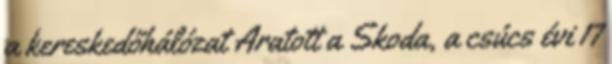
a kereskedőhálózat Aratott a Skoda, a csúcs évi 17